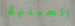
الجبلية